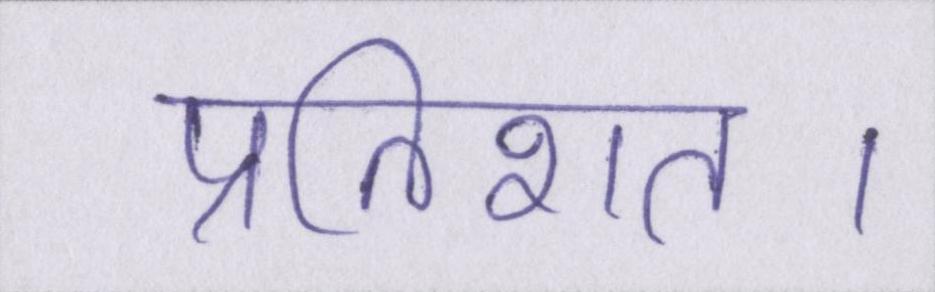
प्रतिशत।